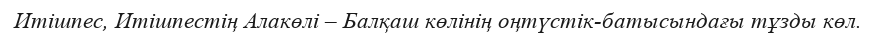
Итішпес, Итішпестің Алакөлі – Балқаш көлінің оңтүстік-батысындағы тұзды көл.